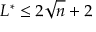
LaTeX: L ^ { * } \leq 2 { \sqrt { n } } + 2